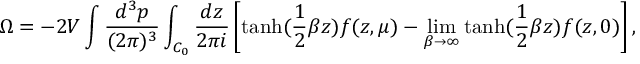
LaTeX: \Omega = - 2 V \int \frac { d ^ { 3 } p } { ( 2 \pi ) ^ { 3 } } \int _ { C _ { 0 } } \frac { d z } { 2 \pi i } \left[ \mathrm { t a n h } ( \frac 1 2 \beta z ) f ( z , \mu ) - \operatorname * { l i m } _ { \beta \rightarrow \infty } \mathrm { t a n h } ( \frac 1 2 \beta z ) f ( z , 0 ) \right] ,